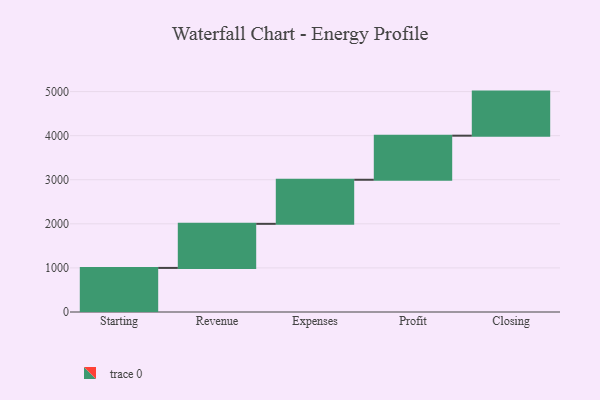
{"axis": {"x": "Step", "y": "Value"}, "legend": [""], "data": [{"x": "Starting", "y": 1000, "type": ""}, {"x": "Revenue", "y": 1000, "type": ""}, {"x": "Expenses", "y": 1000, "type": ""}, {"x": "Profit", "y": 1000, "type": ""}, {"x": "Closing", "y": 1000, "type": ""}]}